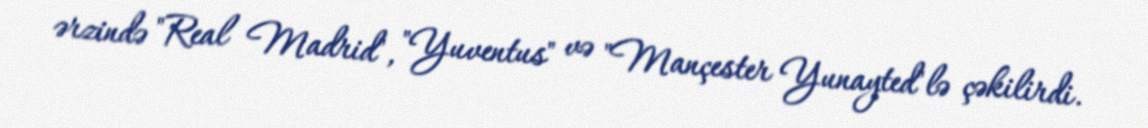
ərzində "Real Madrid", "Yuventus" və "Mançester Yunayted"lə çəkilirdi.